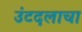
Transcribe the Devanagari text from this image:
उंटदलाचा